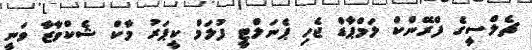
ޗެލްސީގެ ފްރޭންކް ލަމްޕާޑް ޖެހި ޕެނަލްޓީ ފުލަމް ކީޕަރު މާކް ޝެކްވާޒާ ވަނީ